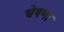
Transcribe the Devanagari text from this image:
घेषणा